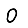
Digit: 0